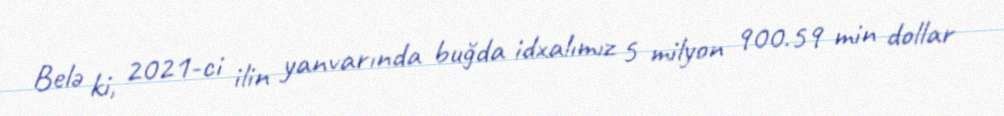
Belə ki, 2021-ci ilin yanvarında buğda idxalımız 5 milyon 900.59 min dollar